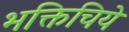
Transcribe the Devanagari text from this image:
भक्तिचिये